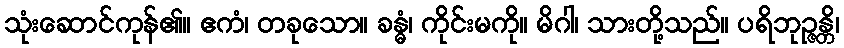
သုံးဆောင်ကုန်၏။ ဧကံ၊ တခုသော။ ခန္ဓံ၊ ကိုင်းမကို။ မိဂါ၊ သားတို့သည်။ ပရိဘုဉ္ဇန္တိ၊